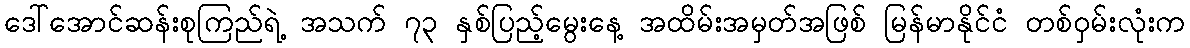
ဒေါ်အောင်ဆန်းစုကြည်ရဲ့ အသက် ၇၃ နှစ်ပြည့်မွေးနေ့ အထိမ်းအမှတ်အဖြစ် မြန်မာနိုင်ငံ တစ်ဝှမ်းလုံးက